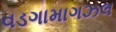
વડગામાગઝલ